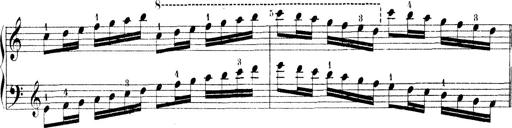
Title: Technische Studien
Composer: Franz Liszt